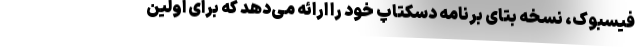
فیسبوک، نسخه بتای برنامه دسکتاپ خود را ارائه می‌دهد که برای اولین